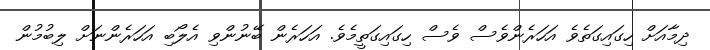
ދިމާއަށް ހިގައިގަތެވެ އަހަރެންވެސް ވެސް ހިގައިގަތީމެވެ. އަހަރެން ބޭނުންވި އެލޯބި އަހަރެންނަށް ލިބުމުން